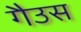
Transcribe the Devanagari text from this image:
गैउस